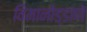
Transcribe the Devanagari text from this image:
विमानोड्डाणे